Indian journal of veterinary science and animal husbandry - Volumes 26-27, 1956-1957
Year: 1956
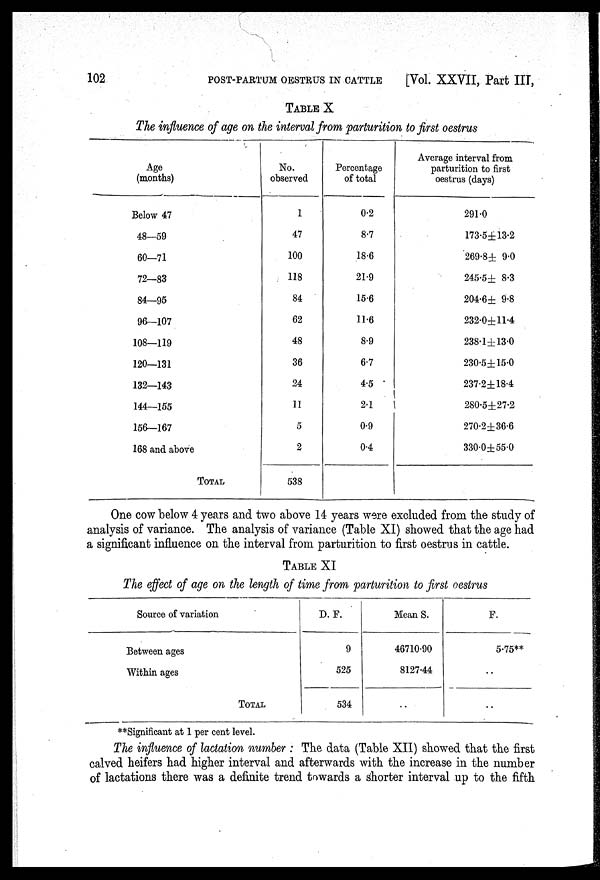
102
POST-PARTUM OESTRUS IN CATTLE
[Vol. XXVII, Part III,
TABLE X
The influence of age on the interval from parturition to first oestrus
Age
(months)
Below 47
48—59
60—71
72—83
84—95
96—107
108—119
120—131
132—143
144—155
156—167
168 and above
TOTAL
No.
observed
1
47
100
118
84
62
48
36
24
11
5
2
538
Percentage
of total
0.2
8.7
18.6
21.9
15.6
11.6
8.9
6.7
4.5
2.1
0.9
0.4
Average interval from
parturition to first
oestrus (days)
291.0
173.5±13.2
269.8± 9.0
245.5± 8.3
204.6± 9.8
232.0±11.4
238.1±13.0
230.5±15.0
237.2±18.4
280.5±27.2
270.2±36.6
330.0±55.0
One cow below 4 years and two above 14 years were excluded from the study of
analysis of variance. The analysis of variance (Table XI) showed that the age had
a significant influence on the interval from parturition to first oestrus in cattle.
TABLE XI
The effect of age on the length of time from parturition to first oestrus
Source of variation
Between ages
Within ages
TOTAL
D. F.
9
525
534
Mean S.
46710.90
8127.44
..
F.
5.75**
..
..
**Significant at 1 per cent level.
The influence of lactation number : The data (Table XII) showed that the first
calved heifers had higher interval and afterwards with the increase in the number
of lactations there was a definite trend towards a shorter interval up to the fifth